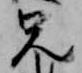
兄